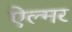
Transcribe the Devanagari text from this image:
ऐल्मर